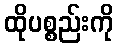
ထိုပစ္စည်းကို